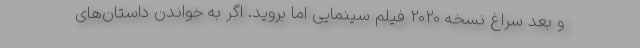
و بعد سراغ نسخه 2020 فیلم سینمایی اما بروید. اگر به خواندن داستان‌های